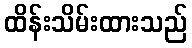
ထိန်းသိမ်းထားသည်